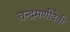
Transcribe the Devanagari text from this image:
चन्द्रमणीदेवी